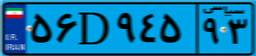
۵۶D۹۴۵۹۳